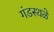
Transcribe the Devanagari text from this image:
गंडस्थळे